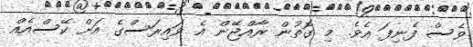
ވެސް ފެނިފަ އެވެ. މި ގޮތުން ރާއްޖޭން އެ ވައިރަސްގެ އަށް ކޭސްއެއް